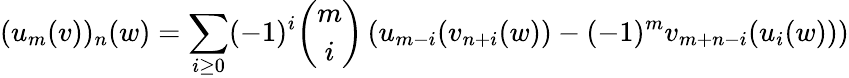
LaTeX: (u_{m}(v))_{n}(w)=\sum_{i\geq 0}(-1)^{i}{\binom{m}{i}}\left(u_{m-i}(v_{n+i}(w))-(-1)^{m}v_{m+n-i}(u_{i}(w))\right)